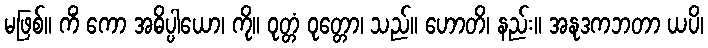
မဖြစ်။ ကိံ ကော အဓိပ္ပါယော၊ ကို။ ဝုတ္တံ ဝုတ္တော၊ သည်။ ဟောတိ၊ နည်း။ အနုဒကဘတာ ယပိ၊